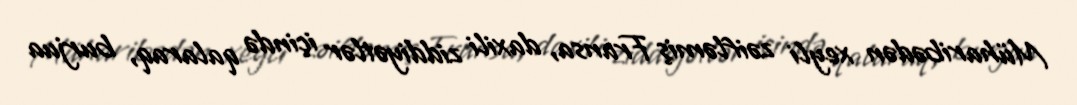
Müharibədən xeyli zəifləmiş Fransa, daxili ziddiyətlər içində qalaraq, burjua